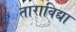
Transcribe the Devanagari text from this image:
ताराविद्या